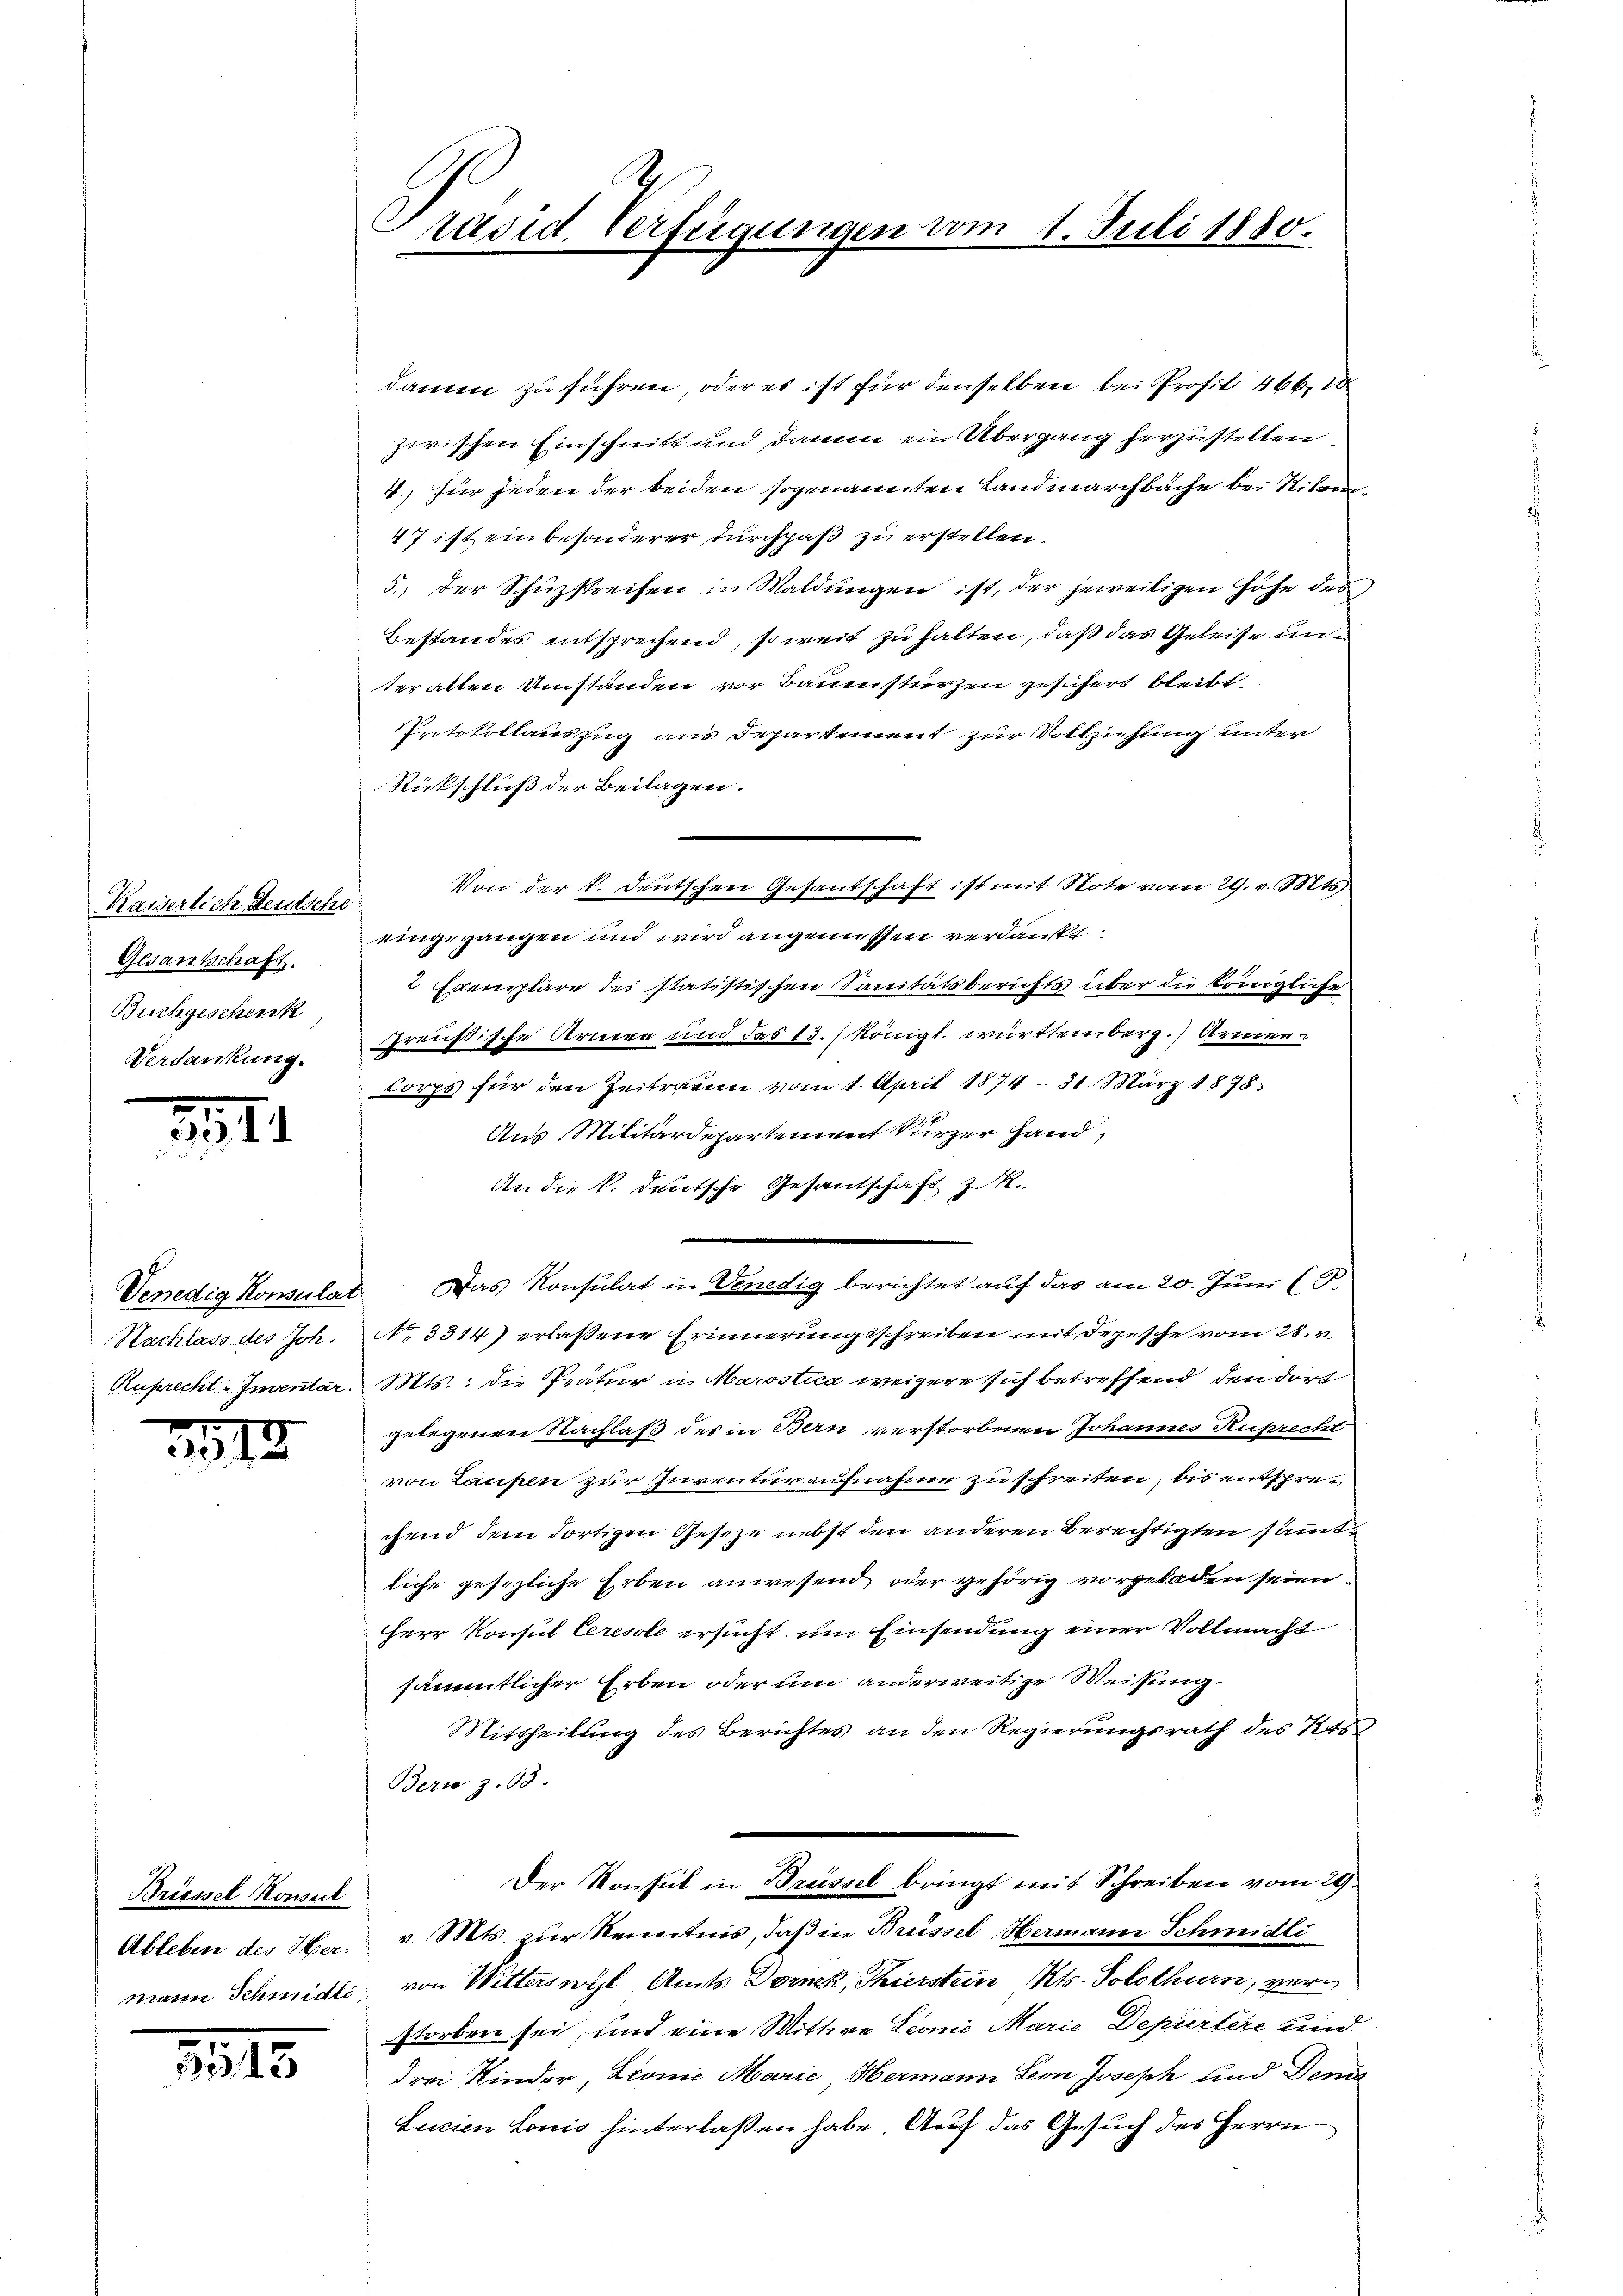
Kaiserlich deutsche
Gesantschaft.
Buchgescheink
Verdankung.

1

Nachlass des Joh.

3513

Briessel Konsul

215

damen zu führen, oder es ist für denselben bei Profil 466. 1
zwischen Einschritt und damm ein Übergang herzustellen.
4.) für jeden der beiden sogenannten Landmarchbache bei Riken¬
47 ist ein besonderer durchpaß zu erstellen.
5. der Schüzstreifen in Waldungen ist, der jeweiligen Höhe des
Bestandes entsprechend, so weit zu halten, daß das Geleise unter alten Umständen vor Bauenstürzen gesichert bleibt,
PProtokollauszug aus Departement zur Vollziehung unter
Rückschluß der Beilagen.
eingegangen und wird angemessen verdankt
2 Exemplare des statistischen Sanitätsberichts über die Königliche
preußische Armen und das 13. / königl. württemberg. Armen
Corps für den Zeitrauen vom 1. April 1874 - 31. März 1878.
Aus Militärdepartement kurzer Hand,
An die k. deutsche Gesandschaft z. R.
Venedig Konsulat Das Konsulat in Venedig berichtet auf das am 20. Juni (T.
No. 3314) erlassene Erinnerungsschreiben mit Depesche vom 28. v.
Ruprecht - Inventar. Mts.: die Prätur in Marostica weigere sich betreffend den dort
gelegenen Nachlaß des in Bern verstorbenen Johannes Ruprecht
von Laupen zur Inventur aufnahme zu schreiten, bis entsprechend dem dortigen Geseze nebst den anderen Berechtigten sämmtliche gesezliche Erben anwesend oder gehörig vorgeladen seien.
Herr Konsul Ceresole ersucht, um Einsendung einer Vollmacht
sämmtlicher Erben oder um anderweitige Weisung
Mittheilŭng des Berichtes an den Regierŭngsrath des Kts
Bern z. 63.
Der Konsul in Brüssel bringt mit Schreiben vom 29.
Ableben des Her. v. Mts. zŭr Kenntnis, daß in Brüssel Hermann Schmidli
mann Schmidli, von Witterswyl Amts Dornek, Thierstein Kts. Solothurn, verstorben sei, und eine Mittwe Leonić Marie Depurtere Kind
drei Kinder, Leonie Marie Hermann Seon Joseph und Denn
Leizien Lorio hinterlaßen habe. Auf das Gesuch des Herrn

Präsid. Verfügungen vom 1. Juli 1880.

Von der k. Deutschen Gesantschaft ist mit Note vom 29. v. Mts.